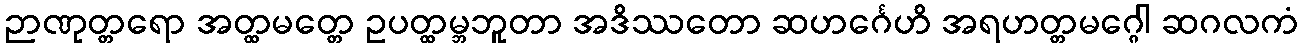
ဉာဏုတ္တရော အတ္ထမတ္တေ ဥပတ္ထမ္ဘဘူတာ အဒိဿတော ဆဟင်္ဂေဟိ အရဟတ္တမဂ္ဂေါ ဆဂလကံ